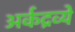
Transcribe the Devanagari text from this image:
अर्कद्रव्ये